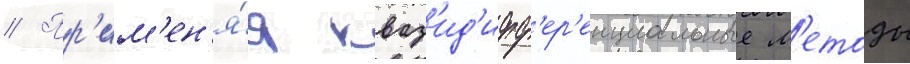
// Пр'им'ен'я́я кваз'ид'ифф'ер'енциальные м'етоды